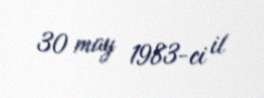
30 may 1983-ci il